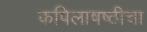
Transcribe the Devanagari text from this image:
कपिलाषष्ठीचा